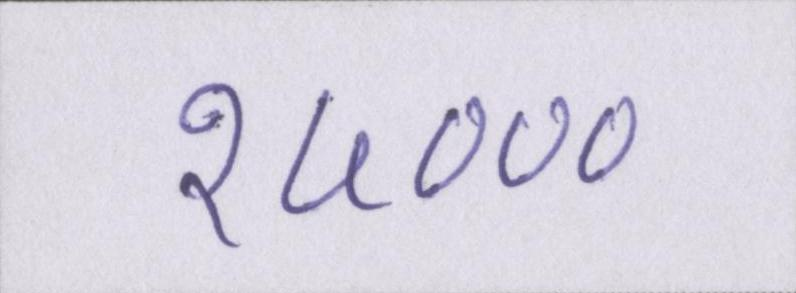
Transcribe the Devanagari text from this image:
२५०००